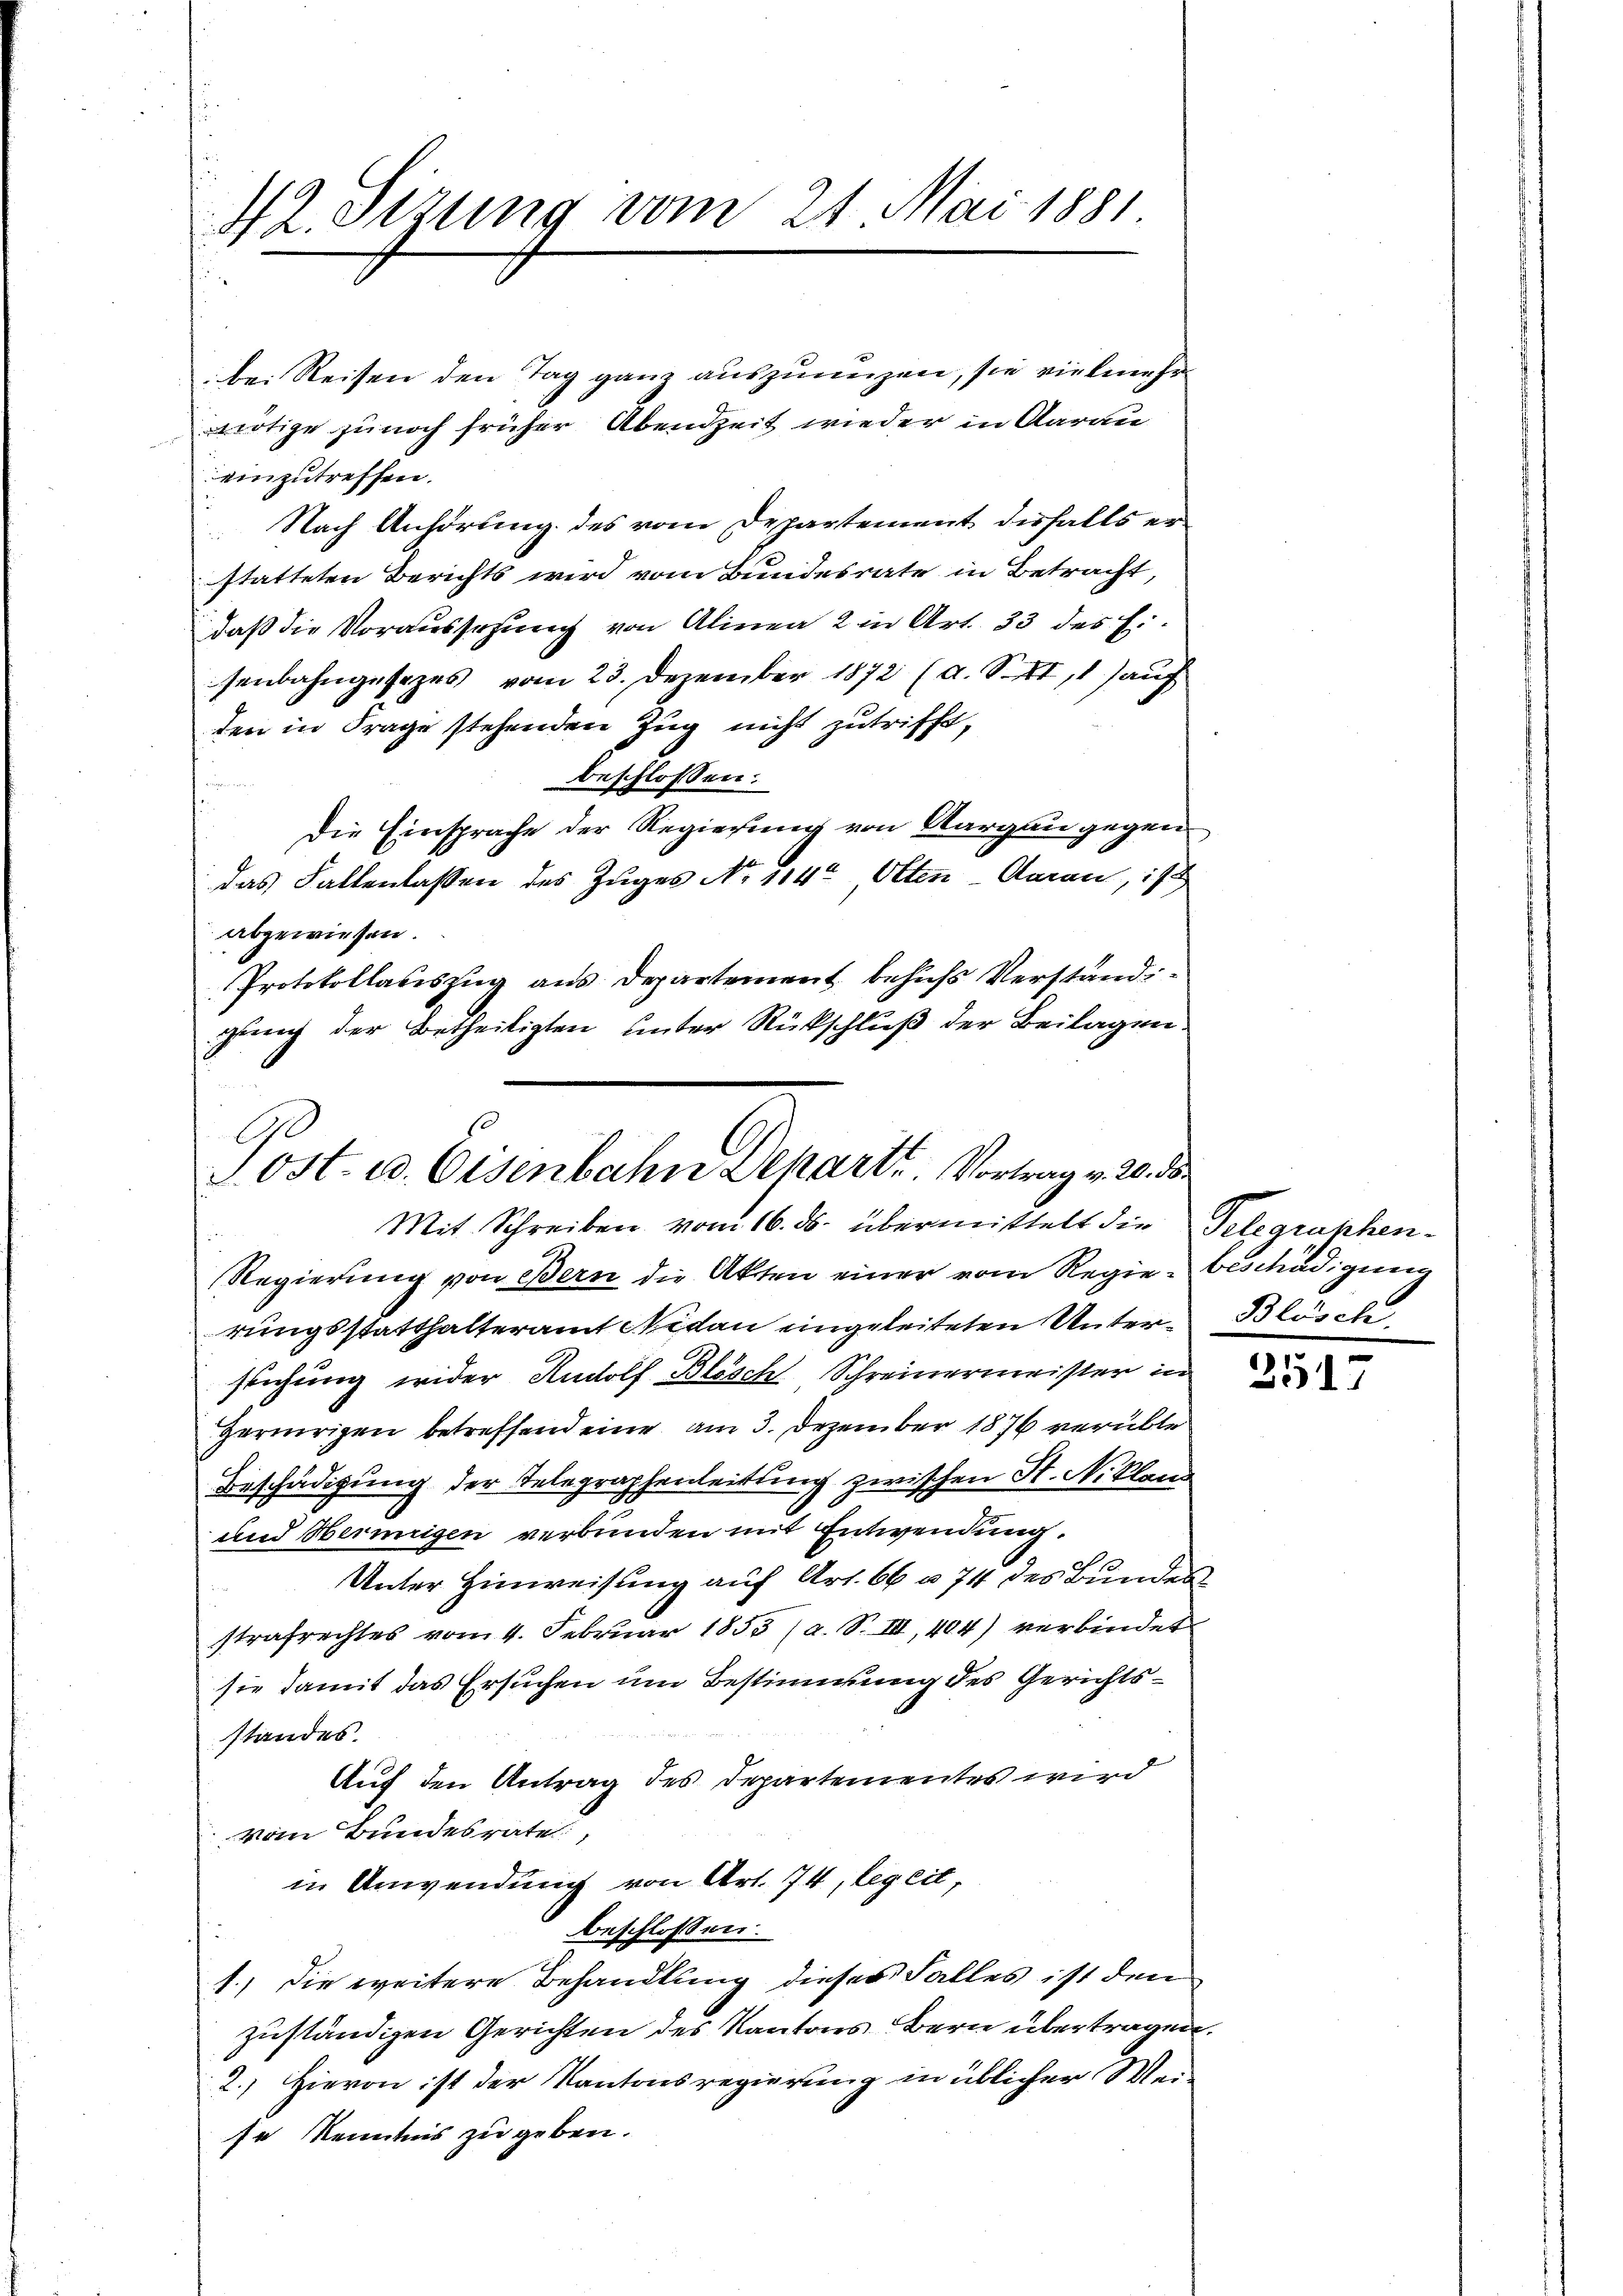
42. Sizung vom 21. Mai 1881

bei Reisen den Tag ganz auszuanzen, sie vielmehr
nötige zu noch früher Abendzeit wieder in darau
einzutreffen.
Nach Anhörung des vom Departement desfalls er
statteten Berichts wird vom Bundesrate in Betracht,
daß die Voraussetzung von Alinea 2 in Art. 33 des Ei
senbahngesezes vom 23. Dezember 1872 (a. S. II,1) auch
den in Frage stehenden Zug nicht zutrifft,
beschlossen:
Die Einsprache der Regierung von Aargau gegen
das Fallenlaßen des Zuges No 114, Otten-Aarau, ist
abgewiesen.
Protokollatiszug aus Departement behufs Verständigung der Betheiligten unter Rückschluß der Beilagen

Post- u. Eisenbahn Schart. Vortrag v. 20. ds.
Mit Schreiben vom 16. ds. übermittelt die Telegraphen¬

Regierung von Bern die Akten einer vom Regie-Beschädigung
rungsstatthalteramt Netan eingeleiteten Unterstichung wider Rudolf Blösch, Schreinermeister in
Hernrigen betreffend eine am 3. Dezember 1876 verübte
Beschädigung der Telegraphenleitung zwischen St. Nikland
und Vermögen verbunden mit Entwendung.
Unter Hinweisung auf Art. 66 u. 74 des Bundes
strafrechtes vom 4. Februar 1853 (a. S. III, 404) verbindet
sie damit das Ersuchen um Bestimmung des Gerichtsstandes.
Auf den Antrag des Departementes wird
Vom Bundesrate,
in Anwendung von Art. 74, legeit,
beschlossen:
1.) Die weitere Behandlung dieses Falles ist den
zuständigen Gerichten des Kantons Bern übertragen.
2.) Hievon ist der Kantonsregierung in üblicher Weise Kenntnis zu geben.

Blüsch

2517